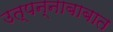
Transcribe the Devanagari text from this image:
उत्पन्नाबाबात